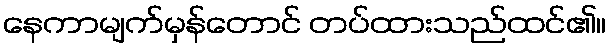
နေကာမျက်မှန်တောင် တပ်ထားသည်ထင်၏။